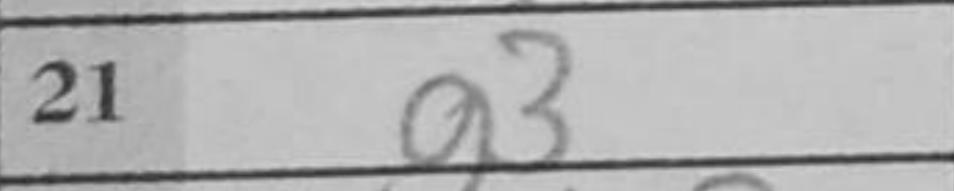
Transcription: g3